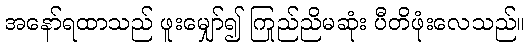
အနော်ရထာသည် ဖူးမျှော်၍ ကြည်ညိုမဆုံး ပီတိဖုံးလေသည်။